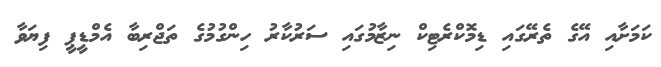
ކަމަށާއި އޭގެ ތެރޭގައި ޑިމޮކްރެޓިކް ނިޒާމުގައި ސަރުކާރު ހިންގުމުގެ ތަޖްރިބާ އެމްޑީޕީ ފިޔަވާ